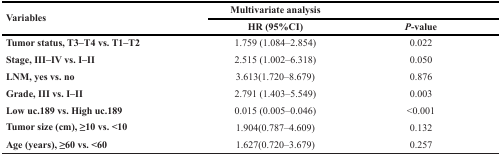
<table><thead><tr><td rowspan="2"><b>Variables</b></td><td><b>Multivariate analysis</b></td><td></td></tr><tr><td><b>HR (95%CI)</b></td><td><b><i>P</i>-value</b></td></tr></thead><tbody><tr><td><b>Tumor status, T3–T4 vs. T1–T2</b></td><td>1.759 (1.084–2.854)</td><td>0.022</td></tr><tr><td><b>Stage, III–IV vs. I–II</b></td><td>2.515 (1.002–6.318)</td><td>0.050</td></tr><tr><td><b>LNM, yes vs. no</b></td><td>3.613(1.720–8.679)</td><td>0.876</td></tr><tr><td><b>Grade, III vs. I–II</b></td><td>2.791 (1.403–5.549)</td><td>0.003</td></tr><tr><td><b>Low uc.189 vs. High uc.189</b></td><td>0.015 (0.005–0.046)</td><td>&lt;0.001</td></tr><tr><td><b>Tumor size (cm), ≥10 vs. &lt;10</b></td><td>1.904(0.787–4.609)</td><td>0.132</td></tr><tr><td><b>Age (years), ≥60 vs. &lt;60</b></td><td>1.627(0.720–3.679)</td><td>0.257</td></tr></tbody></table>